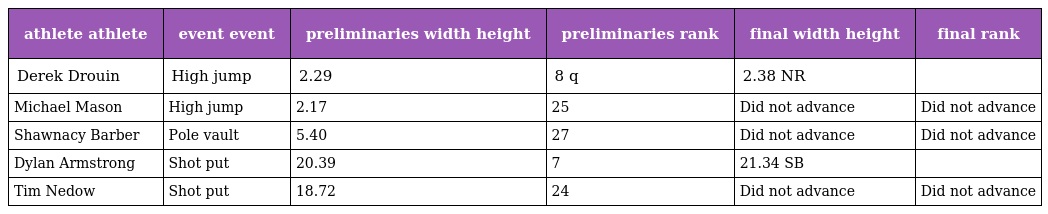
| athlete athlete | event event | preliminaries width height | preliminaries rank | final width height | final rank |
 | --- | --- | --- | --- | --- | --- |
 | Derek Drouin | High jump | 2.29 | 8 q | 2.38 NR |  |
 | Michael Mason | High jump | 2.17 | 25 | Did not advance | Did not advance |
 | Shawnacy Barber | Pole vault | 5.40 | 27 | Did not advance | Did not advance |
 | Dylan Armstrong | Shot put | 20.39 | 7 | 21.34 SB |  |
 | Tim Nedow | Shot put | 18.72 | 24 | Did not advance | Did not advance |